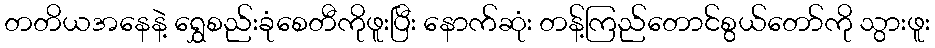
တတိယအနေနဲ့ ရွှေစည်းခုံစေတီကိုဖူးပြီး နောက်ဆုံး တန့်ကြည်တောင်စွယ်တော်ကို သွားဖူး